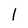
Character: l